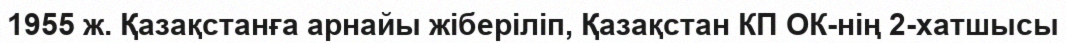
1955 ж. Қазақстанға арнайы жіберіліп, Қазақстан КП ОК-нің 2-хатшысы